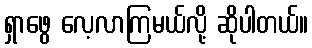
ရှာဖွေ လေ့လာကြမယ်လို့ ဆိုပါတယ်။